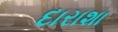
દારાશા